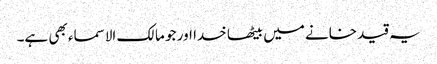
یہ قید خانے میں بیٹھا خدا اور جو مالک الاسماء بھی ہے۔